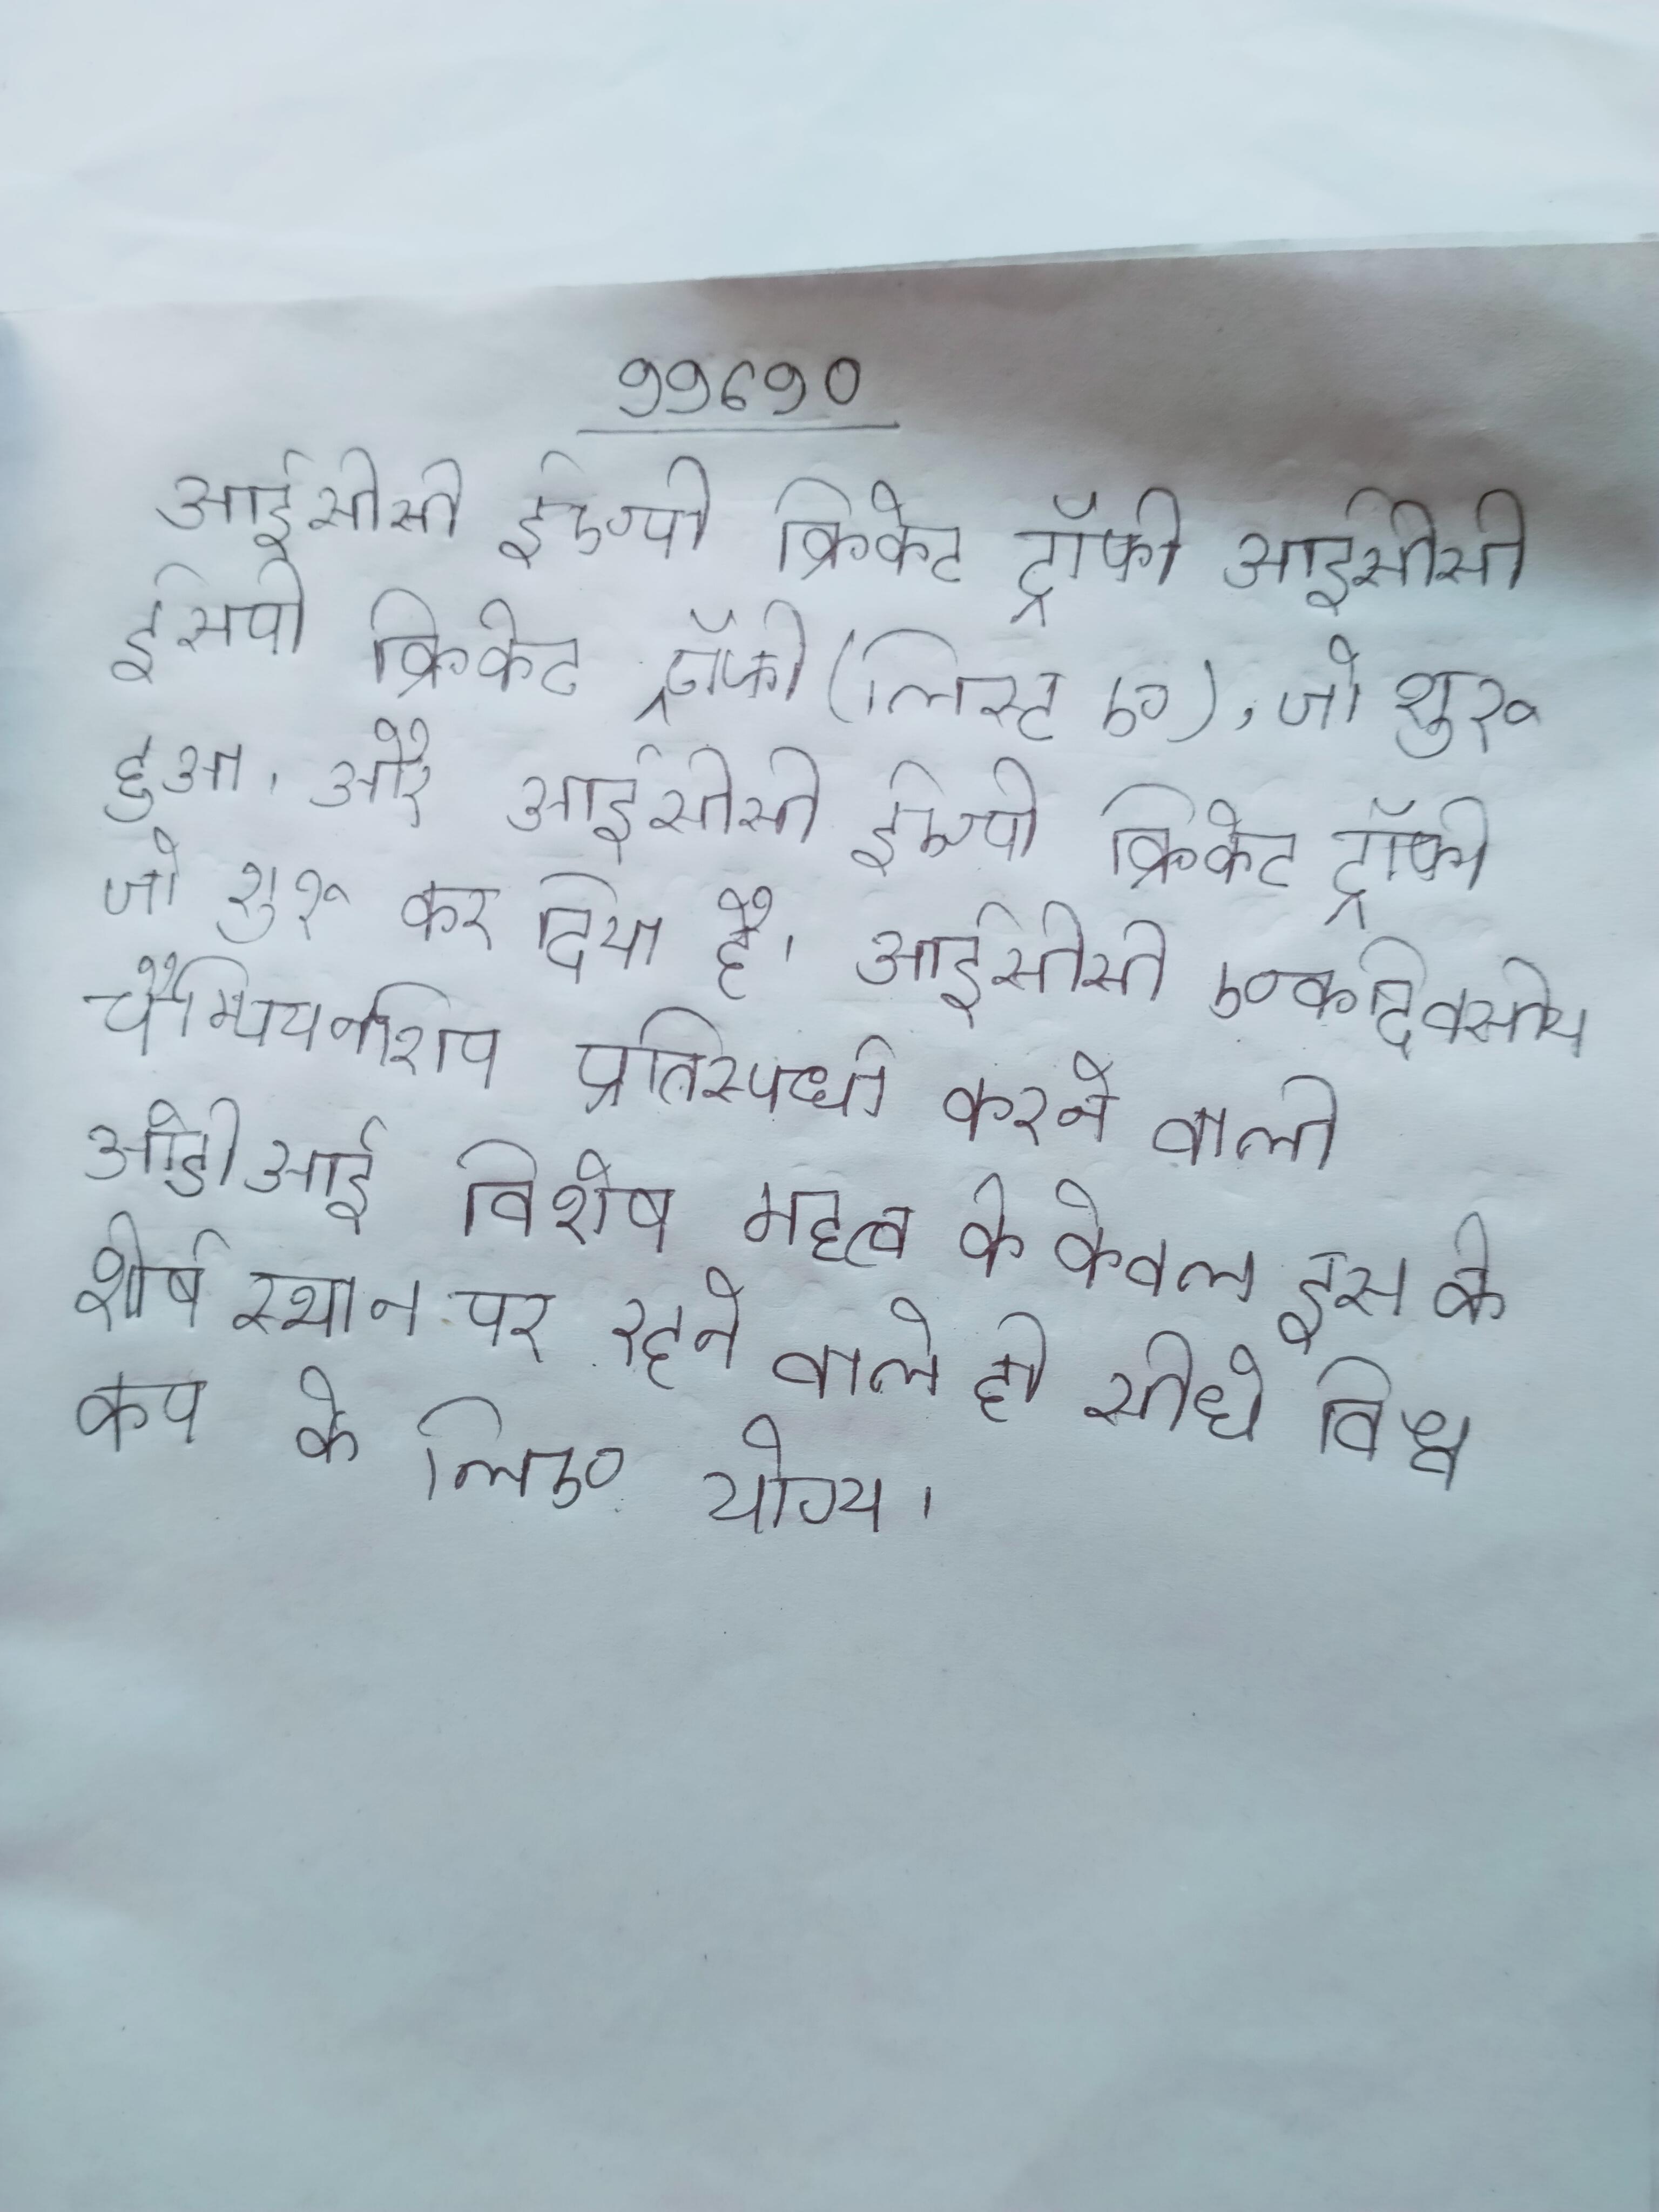
आईसीसी ईएपी क्रिकेट ट्रॉफी आईसीसी ईएपी क्रिकेट ट्रॉफी (लिस्ट ए), जो शुरू हुआ, और आईसीसी ईएपी क्रिकेट ट्रॉफी जो शुरू कर दिया है । आईसीसी एकदिवसीय चैम्पियनशिप प्रतिस्पर्धा करने वाली के बीच होने वाले ओडीआई विशेष महत्व के केवल इस के शीर्ष स्थान पर रहने वाले ही सीधे विश्व कप के लिए योग्य ।